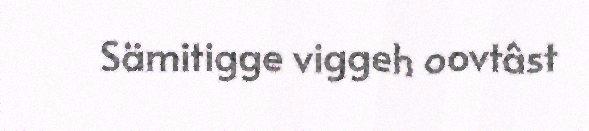
Sämitigge viggeh oovtâst